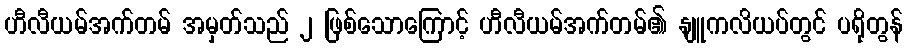
ဟီလီယမ်အက်တမ် အမှတ်သည် ၂ ဖြစ်သောကြောင့် ဟီလီယမ်အက်တမ်၏ နျူကလိယပ်တွင် ပရိုတွန်